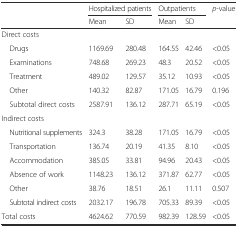
<table><thead><tr><td rowspan="2"></td><td colspan="2"><b>Hospitalized patients</b></td><td colspan="2"><b>Outpatients</b></td><td rowspan="2"><b><i>p</i>-value</b></td></tr><tr><td><b>Mean</b></td><td><b>SD</b></td><td><b>Mean</b></td><td><b>SD</b></td></tr></thead><tbody><tr><td>Direct costs</td><td></td><td></td><td></td><td></td><td></td></tr><tr><td> Drugs</td><td>1169.69</td><td>280.48</td><td>164.55</td><td>42.46</td><td>&lt;0.05</td></tr><tr><td> Examinations</td><td>748.68</td><td>269.23</td><td>48.3</td><td>20.52</td><td>&lt;0.05</td></tr><tr><td> Treatment</td><td>489.02</td><td>129.57</td><td>35.12</td><td>10.93</td><td>&lt;0.05</td></tr><tr><td> Other</td><td>140.32</td><td>82.87</td><td>171.05</td><td>16.79</td><td>0.196</td></tr><tr><td> Subtotal direct costs</td><td>2587.91</td><td>136.12</td><td>287.71</td><td>65.19</td><td>&lt;0.05</td></tr><tr><td>Indirect costs</td><td></td><td></td><td></td><td></td><td></td></tr><tr><td> Nutritional supplements</td><td>324.3</td><td>38.28</td><td>171.05</td><td>16.79</td><td>&lt;0.05</td></tr><tr><td> Transportation</td><td>136.74</td><td>20.19</td><td>41.35</td><td>8.10</td><td>&lt;0.05</td></tr><tr><td> Accommodation</td><td>385.05</td><td>33.81</td><td>94.96</td><td>20.43</td><td>&lt;0.05</td></tr><tr><td> Absence of work</td><td>1148.23</td><td>136.12</td><td>371.87</td><td>62.77</td><td>&lt;0.05</td></tr><tr><td> Other</td><td>38.76</td><td>18.51</td><td>26.1</td><td>11.11</td><td>0.507</td></tr><tr><td> Subtotal indirect costs</td><td>2032.17</td><td>196.78</td><td>705.33</td><td>89.39</td><td>&lt;0.05</td></tr><tr><td>Total costs</td><td>4624.62</td><td>770.59</td><td>982.39</td><td>128.59</td><td>&lt;0.05</td></tr></tbody></table>